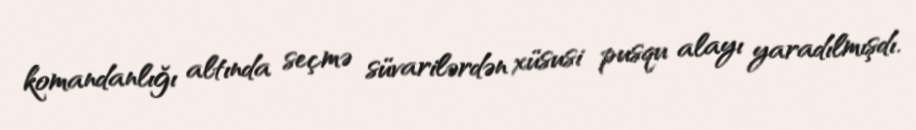
komandanlığı altında seçmə süvarilərdən xüsusi pusqu alayı yaradılmışdı.